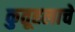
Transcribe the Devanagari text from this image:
कुतूहलाचे